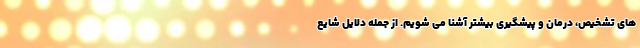
های تشخیص، درمان و پیشگیری بیشتر آشنا می شویم. از جمله دلایل شایع